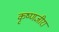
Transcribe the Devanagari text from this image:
कृष्णजीरा